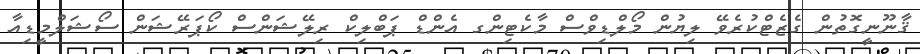
ޤާނޫނީގޮތުން ގެޒެޓްކުރެވޭ ލިޔުން މޯލްޑިވްސް މާކެޓިންގ އެންޑް ޕަބްލިކް ރިލޭޝަންސް ކޯޕަރޭޝަން ސޯޝަލްމީޑިއާ